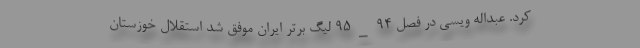
کرد. عبداله ویسی در فصل ۹۴_۹۵ لیگ برتر ایران موفق شد استقلال خوزستان